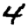
Digit: 4